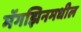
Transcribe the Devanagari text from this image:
मॅगझिनमधील